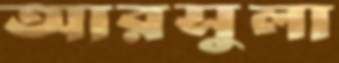
আরসুলা